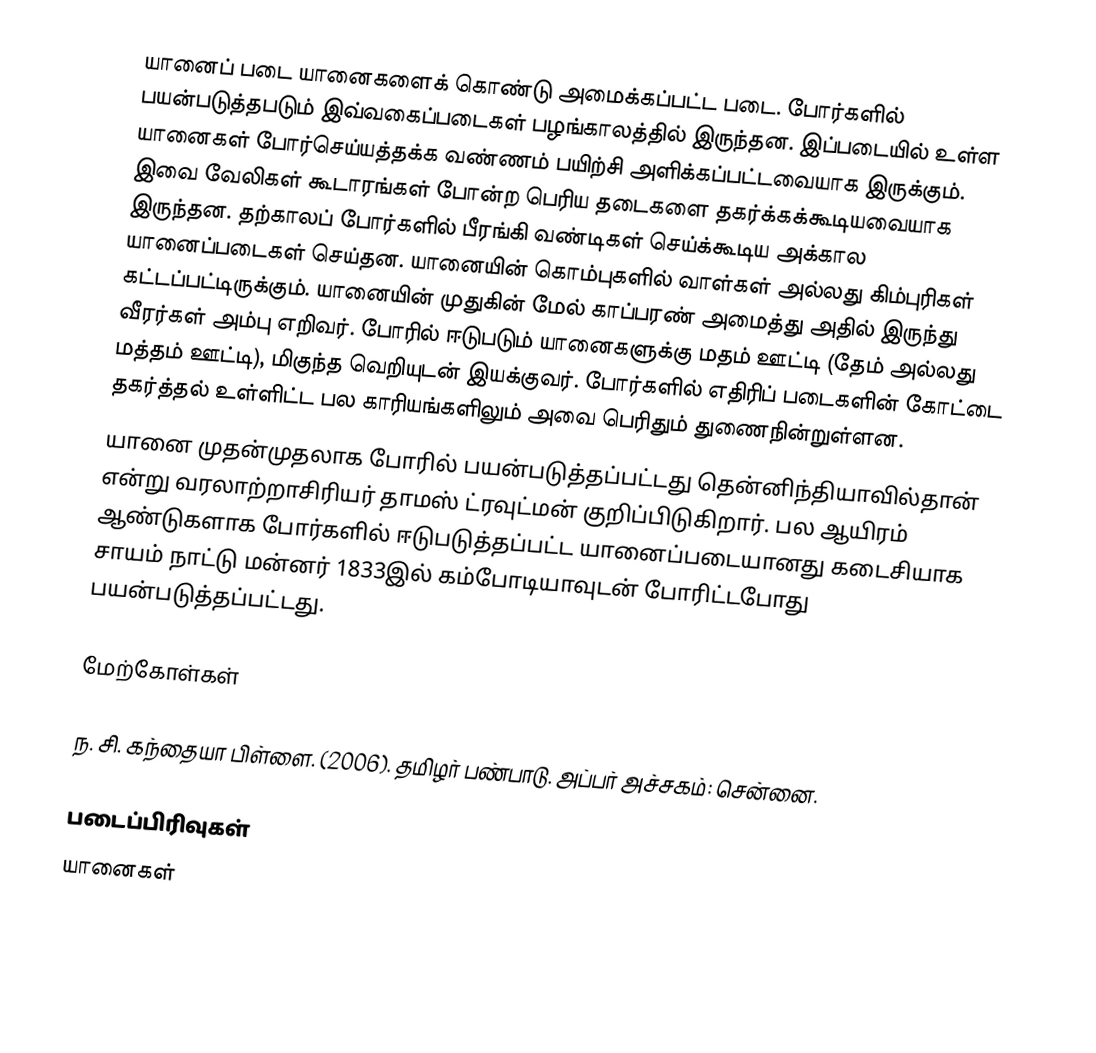
யானைப் படை யானைகளைக் கொண்டு அமைக்கப்பட்ட படை.  போர்களில் பயன்படுத்தபடும் இவ்வகைப்படைகள் பழங்காலத்தில் இருந்தன. இப்படையில் உள்ள யானைகள் போர்செய்யத்தக்க வண்ணம் பயிற்சி அளிக்கப்பட்டவையாக இருக்கும்.  இவை வேலிகள் கூடாரங்கள் போன்ற பெரிய தடைகளை தகர்க்கக்கூடியவையாக இருந்தன. தற்காலப் போர்களில் பீரங்கி வண்டிகள் செய்க்கூடிய அக்கால யானைப்படைகள் செய்தன.  யானையின் கொம்புகளில் வாள்கள் அல்லது கிம்புரிகள் கட்டப்பட்டிருக்கும்.  யானையின் முதுகின் மேல் காப்பரண் அமைத்து அதில் இருந்து வீரர்கள் அம்பு எறிவர்.  போரில் ஈடுபடும் யானைகளுக்கு மதம் ஊட்டி (தேம் அல்லது மத்தம் ஊட்டி), மிகுந்த வெறியுடன்  இயக்குவர். போர்களில் எதிரிப் படைகளின் கோட்டை தகர்த்தல் உள்ளிட்ட பல காரியங்களிலும் அவை பெரிதும் துணைநின்றுள்ளன.
யானை முதன்முதலாக போரில் பயன்படுத்தப்பட்டது தென்னிந்தியாவில்தான் என்று  வரலாற்றாசிரியர் தாமஸ் ட்ரவுட்மன் குறிப்பிடுகிறார். பல ஆயிரம் ஆண்டுகளாக போர்களில் ஈடுபடுத்தப்பட்ட யானைப்படையானது கடைசியாக சாயம் நாட்டு மன்னர் 1833இல் கம்போடியாவுடன் போரிட்டபோது பயன்படுத்தப்பட்டது.

மேற்கோள்கள்

 ந. சி. கந்தையா பிள்ளை. (2006). தமிழர் பண்பாடு. அப்பர் அச்சகம்: சென்னை.

படைப்பிரிவுகள்
யானைகள்